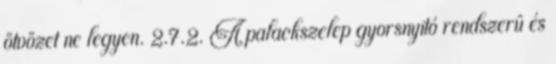
ötvözet ne legyen. 2.7.2. A palackszelep gyorsnyitó rendszerû és